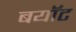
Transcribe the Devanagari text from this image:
बयॉट